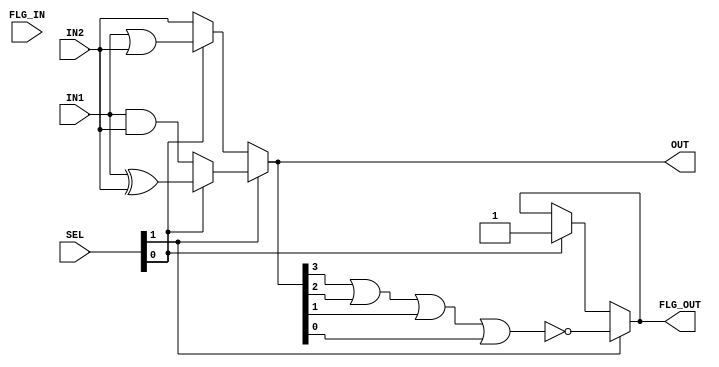
module BIT_CALC(IN1,IN2,SEL,OUT,FLG_IN,FLG_OUT);
	input  [3:0] IN1;
	input  [3:0] IN2;
	input  [1:0] SEL;
	output [3:0] OUT;
	input        FLG_IN;
	output       FLG_OUT;

	wire   [3:0] OUT;
	wire         FLG_OUT;

	assign OUT = SEL[1] ?
		(SEL[0] ? (IN1 ^ IN2) : (IN1 & IN2)) :
		(SEL[0] ? (IN1 | IN2) : IN2);
	assign FLG_OUT = SEL[1] ? ~(OUT[3] | OUT[2] | OUT[1] | OUT[0]) :
		(SEL[0] ? 1'b1 : FLG_OUT);
endmodule